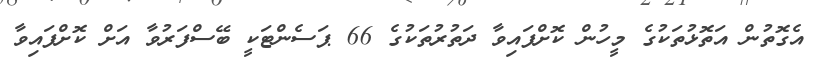
އެގޮތުން އަތޮޅުތަކުގެ މީހުން ކޮށްފައިވާ ދަތުރުތަކުގެ 66 ޕަސެންޓަކީ ބޭސްފަރުވާ އަށް ކޮށްފައިވާ